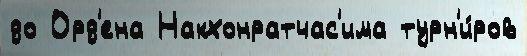
до Орд'ена Накхонратчас'има турн'и́ров